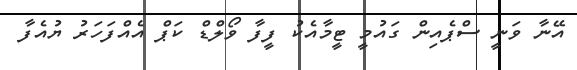
އޭނާ ވަނީ ސްޕެއިން ގައުމީ ޓީމާއެކު ފީފާ ވޯލްޑް ކަޕް އެއްފަހަރު ޔުއެފާ